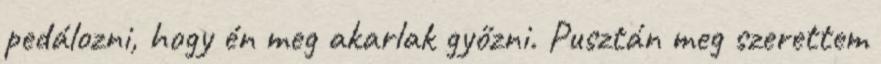
pedálozni, hogy én meg akarlak győzni. Pusztán meg szerettem